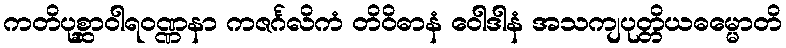
ကတိပုစ္ဆာဝါရဝဏ္ဏနာ ကဇင်္ဂလိကံ တိဝိဓာနံ ဝေါဒါနံ အသကျပုတ္တိယဓမ္မောတိ